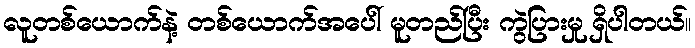
လူတစ်ယောက်နဲ့ တစ်ယောက်အပေါ် မူတည်ပြီး ကွဲပြားမှု ရှိပါတယ်။